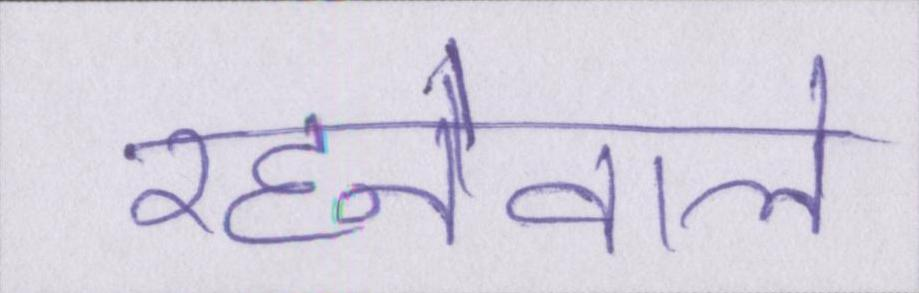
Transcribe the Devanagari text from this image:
रहनेवाले